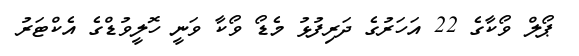
ޕޯލް ވޯކާގެ 22 އަހަރުގެ ދަރިފުޅު މެޑޯ ވޯކާ ވަނީ ހޮލީވުޑްގެ އެކްޓަރު